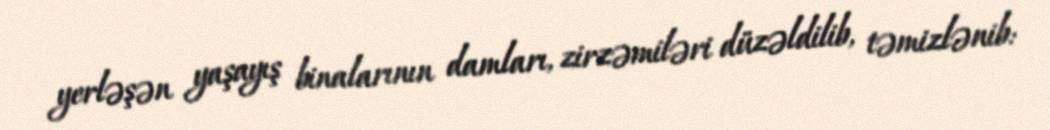
yerləşən yaşayış binalarının damları, zirzəmiləri düzəldilib, təmizlənib: